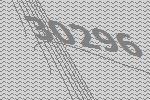
30296